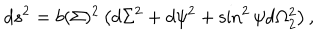
LaTeX: d s ^ { 2 } = b ( \Sigma ) ^ { 2 } \left( d \Sigma ^ { 2 } + d \psi ^ { 2 } + \sin ^ { 2 } \psi d \Omega _ { 2 } ^ { 2 } \right) ,